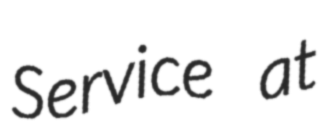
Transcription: Service at